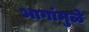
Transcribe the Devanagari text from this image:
भागांमुळे